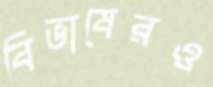
বিভাষেরও